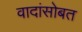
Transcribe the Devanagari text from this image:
वादांसोबत